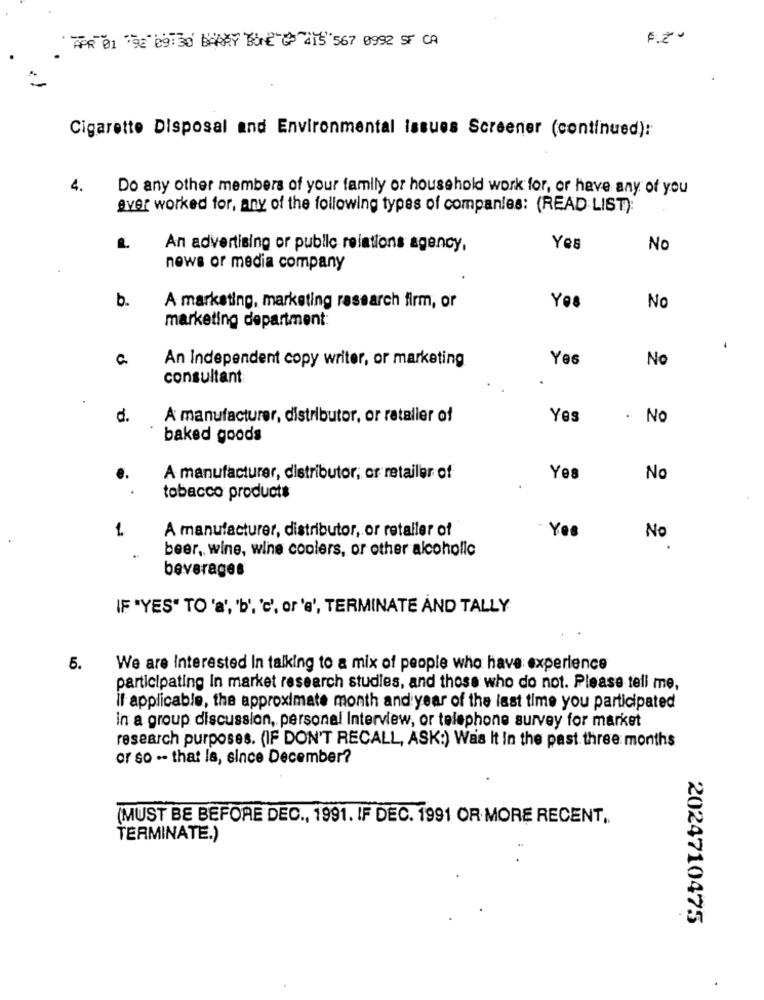
Cigarette Disposal and Environmental issues Screener (continued):
4.
Do any other members of your family or household work for, or have any of you
aver worked for, any of the following types of companies: (READ LIST):
An advertising or public relations agency,
Yes
No
news or media company
b.
A marketing, marketing research firm, or
Yes
No
marketing department:
C.
An Independent copy writer, or marketing
Yes
No
consultant
d.
A manufacturer, distributor, or retaller of
Yes
. No
baked goods
A manufacturer, distributor, or retailer of
Yes
No
tobacco products
1
A manufacturer, distributor, or retailer of
Yes
No
beer, wine, wine coolers, or other alcoholic
beverages
IF "YES" TO 'a', 'b', 'c', or'e', TERMINATE AND TALLY
5.
We are Interested In talking to a mix of people who have experience
participating In market research studies, and those who do not. Please tell me,
If applicable, the approximate month and year of the last time you participated
In a group discussion, personal Interview, or telephone survey for market
research purposes. (IF DON'T RECALL, ASK:) Was It In the past three months
or so -- that Is, since December?
(MUST BE BEFORE DEC ., 1991. IF DEC. 1991 OR MORE RECENT,
TERMINATE.)
2024710475
.